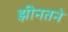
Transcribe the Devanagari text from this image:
झीनतने